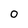
Character: o